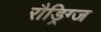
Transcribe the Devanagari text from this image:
रौड्रिग्ज